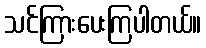
သင်ကြားပေးကြပါတယ်။